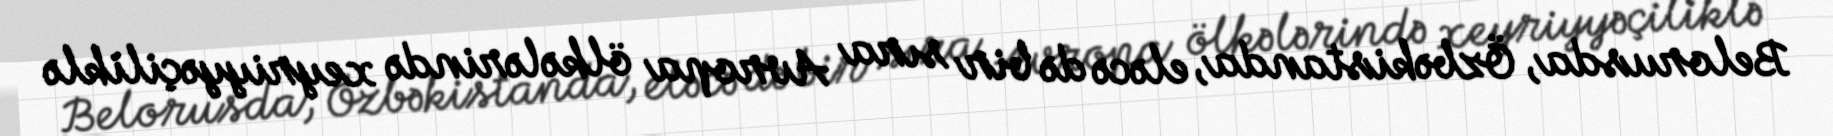
Belorusda, Özbəkistanda, eləcə də bir sıra Avropa ölkələrində xeyriyyəçiliklə